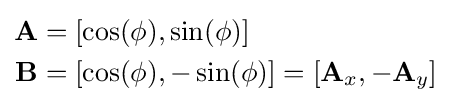
{\begin{aligned}\mathbf {A} &=[\cos(\phi ),\sin(\phi )]\\\mathbf {B} &=[\cos(\phi ),-\sin(\phi )]=[\mathbf {A} _{x},-\mathbf {A} _{y}]\end{aligned}}